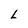
Character: L